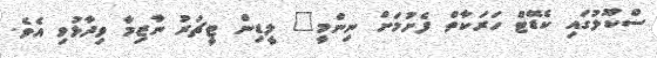
ސްކޫލުގައި ކެޑޭޓް ހަރަކާތް ފެށުމަށް ނިންމީ" ލީޑިން ޓީޗަރު ނާޒިމާ ވިދާޅުވި އެވެ.